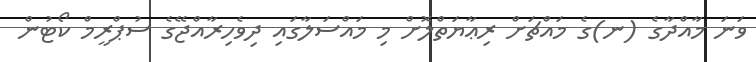
ވަނަ މާއްދާގެ (ނ)ގެ މައްޗަށް ރިޢާޔަތްލޮށް މި މައްސަލާގައި ދިވެހިރާއްޖޭގެ ސުޕްރީމް ކޯޓުން